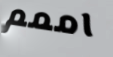
اممم